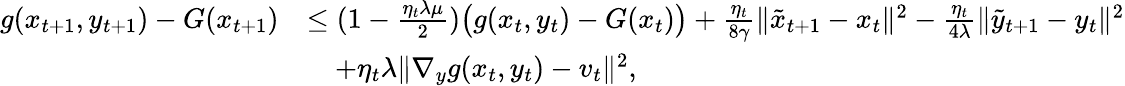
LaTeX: \begin{array}{rl}{g(x_{t+1},y_{t+1})-G(x_{t+1})}&{\leq(1-\frac{\eta_{t}\lambda\mu}{2})\big(g(x_{t},y_{t})-G(x_{t})\big)+\frac{\eta_{t}}{8\gamma}\| \tilde{x}_{t+1}-x_{t}\| ^{2}-\frac{\eta_{t}}{4\lambda}\| \tilde{y}_{t+1}-y_{t}\| ^{2}}\\ &{\quad+\eta_{t}\lambda\| \nabla_{y}g(x_{t},y_{t})-v_{t}\| ^{2},}\end{array}